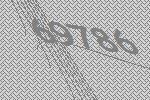
69786